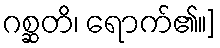
ဂစ္ဆတိ၊ ရောက်၏။]